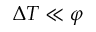
\Delta T \ll \varphi